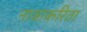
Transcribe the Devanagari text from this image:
नावाकरिता